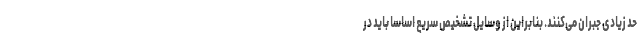
حد زیادی جبران می‌کنند. بنابراین از وسایل تشخیص سریع اساسا باید در